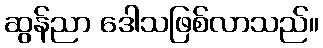
ဆွန်ညာ ဒေါသဖြစ်လာသည်။